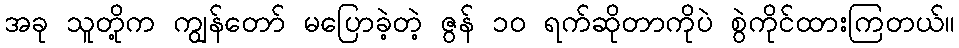
အခု သူတို့က ကျွန်တော် မပြောခဲ့တဲ့ ဇွန် ၁၀ ရက်ဆိုတာကိုပဲ စွဲကိုင်ထားကြတယ်။